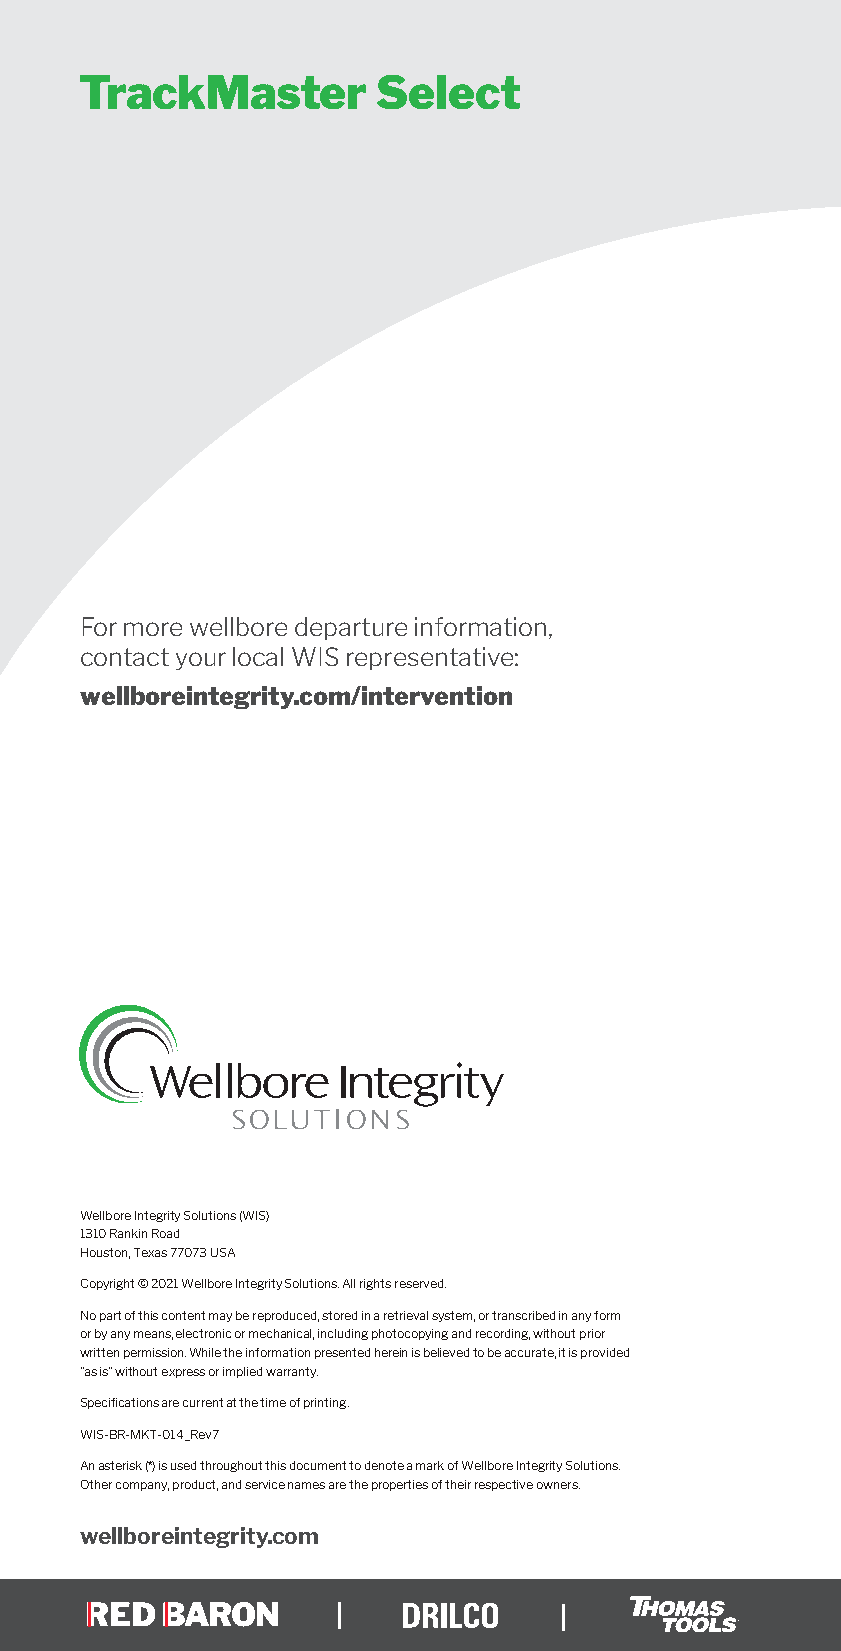
TrackMaster         Select
 For more wellbore departure information,
 contact your local WIS representative:
 wellboreintegrity.com/intervention
 Wellbore Integrity Solutions (WIS)
 1310 Rankin Road
 Houston, Texas 77073 USA
 Copyright © 2021 Wellbore Integrity Solutions. All rights reserved.
 No part of this content may be reproduced, stored in a retrieval system, or transcribed in any form
 or by any means, electronic or mechanical, including photocopying and recording, without prior
 written permission. While the information presented herein is believed to be accurate, it is provided
 “as is” without express or implied warranty.
 Specifications are current at the time of printing.
 WIS-BR-MKT-014_Rev7
 An asterisk (*) is used throughout this document to denote a mark of Wellbore Integrity Solutions.
 Other company, product, and service names are the properties of their respective owners.
 wellboreintegrity.com